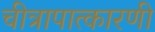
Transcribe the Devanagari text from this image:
चीत्रापात्कारणी